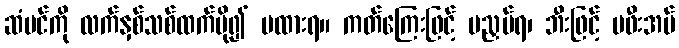
ဆံပင်ကို လက်နှစ်သစ်ထက်ပို၍ မထားရ။ ကတ်ကြေးဖြင့် မညှပ်ရ၊ ဘီးဖြင့် မဖီးအပ်